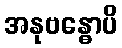
အနုဗန္ဓောပိ